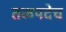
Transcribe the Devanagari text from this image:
तळपदेच